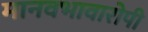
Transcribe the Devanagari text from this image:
मानवभावारोपी